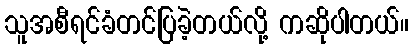
သူအစီရင်ခံတင်ပြခဲ့တယ်လို့ ကဆိုပါတယ်။